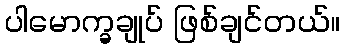
ပါမောက္ခချုပ် ဖြစ်ချင်တယ်။